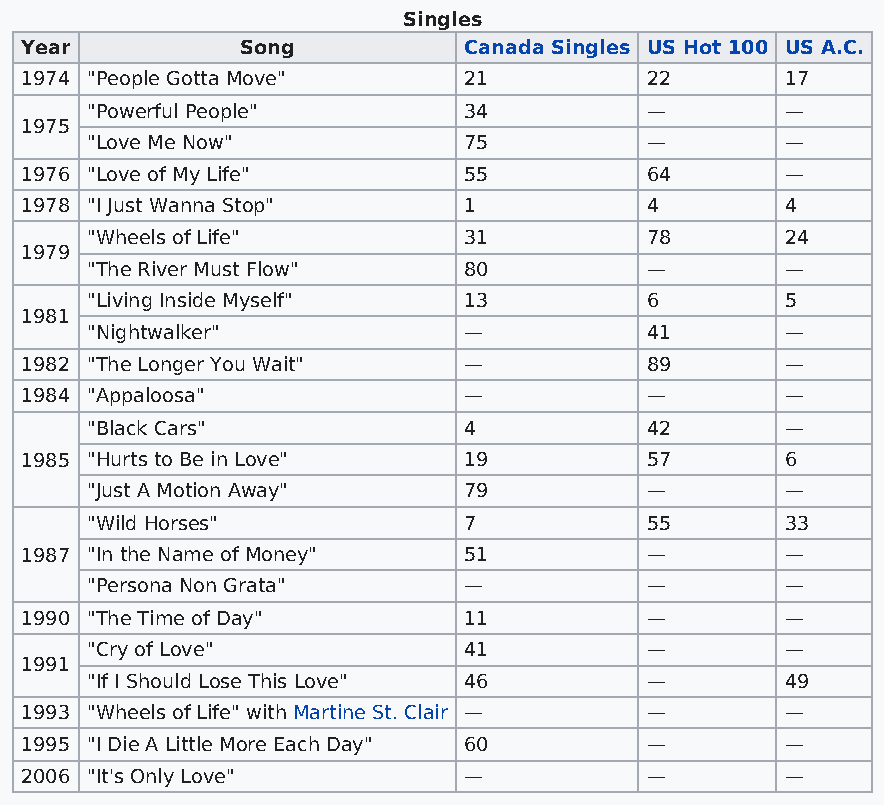
Singles
 Year           Song           Canada Singles US Hot 100 US A.C.
 1974 "People Gotta Move"      21          22       17
 "Powerful People"        34          —        —
 1975
 "Love Me Now"            75          —        —
 1976 "Love of My Life"        55          64       —
 1978 "I Just Wanna Stop"      1           4        4
 "Wheels of Life"         31          78       24
 1979
 "The River Must Flow"    80          —        —
 "Living Inside Myself"   13          6        5
 1981
 "Nightwalker"            —           41       —
 1982 "The Longer You Wait"    —           89       —
 1984 "Appaloosa"              —           —        —
 "Black Cars"             4           42       —
 1985 "Hurts to Be in Love"    19          57       6
 "Just A Motion Away"     79          —        —
 "Wild Horses"            7           55       33
 1987 "In the Name of Money"   51          —        —
 "Persona Non Grata"      —           —        —
 1990 "The Time of Day"        11          —        —
 "Cry of Love"            41          —        —
 1991
 "If I Should Lose This Love" 46      —        49
 1993 "Wheels of Life" with Martine St. Clair — —   —
 1995 "I Die A Little More Each Day" 60    —        —
 2006 "It's Only Love"         —           —        —